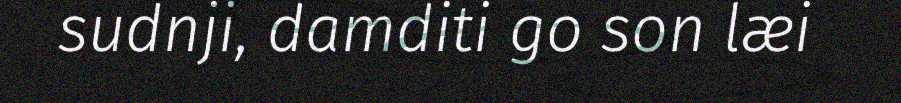
sudnji, damditi go son læi